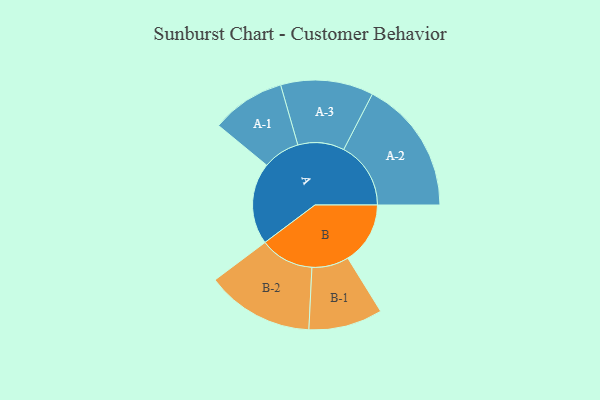
{"axis": {"x": "Segment", "y": "Value"}, "legend": ["", "A", "B"], "data": [{"x": "A", "y": 347, "type": ""}, {"x": "B", "y": 265, "type": ""}, {"x": "A-1", "y": 157, "type": "A"}, {"x": "A-2", "y": 285, "type": "A"}, {"x": "A-3", "y": 197, "type": "A"}, {"x": "B-1", "y": 157, "type": "B"}, {"x": "B-2", "y": 229, "type": "B"}]}